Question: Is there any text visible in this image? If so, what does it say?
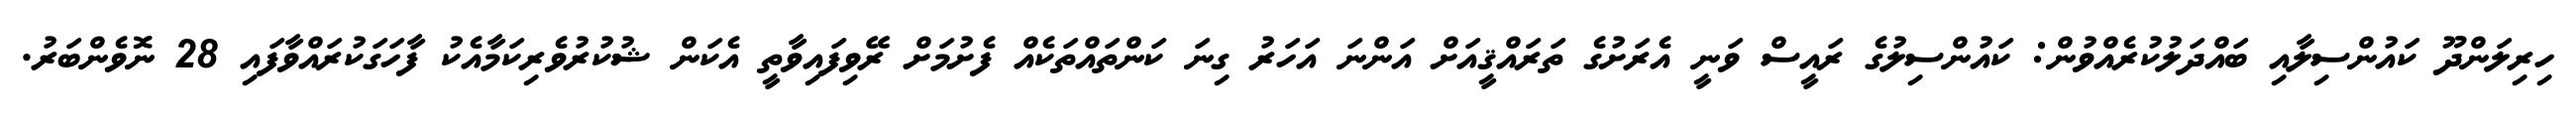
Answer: ހިރިލަންދޫ ކައުންސިލާއި ބައްދަލުކުރެއްވުން: ކައުންސިލުގެ ރައީސް ވަނީ އެރަށުގެ ތަރައްޤީއަށް އަންނަ އަހަރު ގިނަ ކަންތައްތަކެއް ފެށުމަށް ރޭވިފައިވާތީ އެކަން ޝުކުރުވެރިކަމާއެކު ފާހަގަކުރައްވާފައި 28 ނޮވެންބަރު.